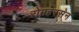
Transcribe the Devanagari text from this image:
रोमहरसेन